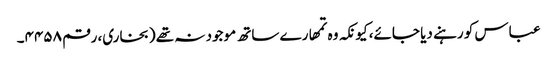
عباس کو رہنے دیا جائے، کیونکہ وہ تمھارے ساتھ موجود نہ تھے (بخاری، رقم ۴۴۵۸۔